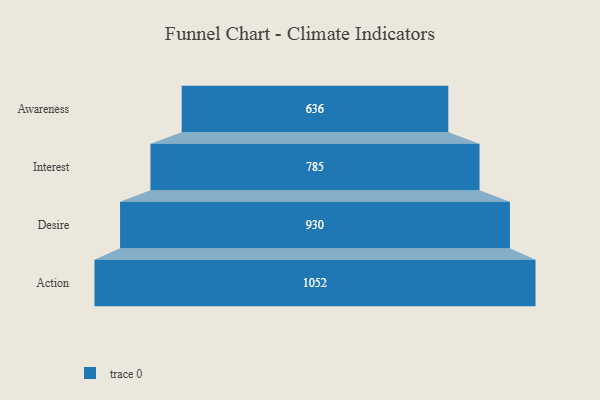
{"axis": {"x": "Stage", "y": "Value"}, "legend": [""], "data": [{"x": "Awareness", "y": 636.0, "type": ""}, {"x": "Interest", "y": 785.0, "type": ""}, {"x": "Desire", "y": 930.0, "type": ""}, {"x": "Action", "y": 1052.0, "type": ""}]}